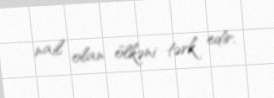
nail olan ölkəni tərk edir.